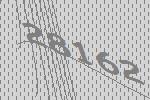
28162